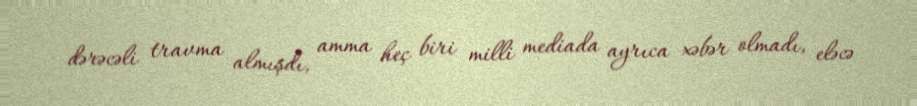
dərəcəli travma almışdı, amma heç biri milli mediada ayrıca xəbər olmadı, eləcə